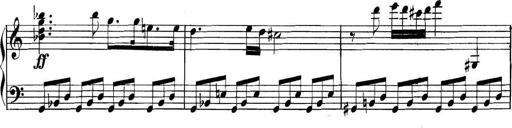
Title: Collected Piano Sonatas
Composer: Muzio Clementi